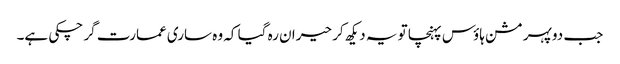
جب دوپہر مشن ہاؤس پہنچا تو یہ دیکھ کر حیران رہ گیا کہ وہ ساری عمارت گر چکی ہے۔